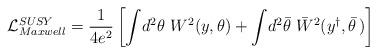
LaTeX: \begin{align*}{\cal L}_{Maxwell}^{SUSY} = \frac{1}{4e^2} \left[ \int \!d^2\theta~ W^2\!\left( y,\theta \right) +\int\! d^2\bar \theta ~\bar W^2( y^{\dagger },\bar \theta \,) \right] \end{align*}